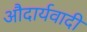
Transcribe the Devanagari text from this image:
औदार्यवादी